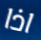
اذا